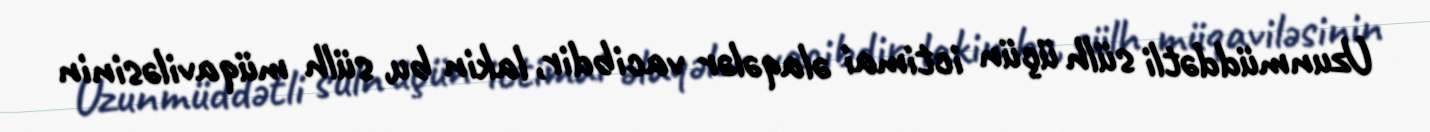
Uzunmüddətli sülh üçün ictimai əlaqələr vacibdir, lakin bu, sülh müqaviləsinin